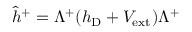
\hat { h } ^ { + } = \Lambda ^ { + } ( h _ { \mathrm { D } } + V _ { \mathrm { e x t } } ) \Lambda ^ { + }